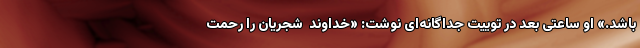
باشد.» او ساعتی بعد در توییت جداگانه‌ای نوشت: «خداوند  شجریان را رحمت